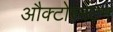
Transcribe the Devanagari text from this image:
औक्टोरमेंटम